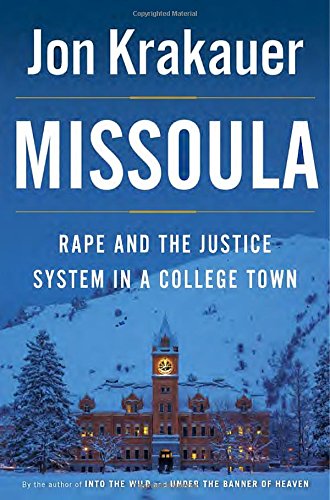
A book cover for Missoula: Rape and the Justice System in a College Town; Jon Krakauer; Education & Teaching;